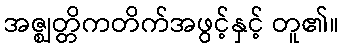
အဇ္ဈတ္တိကတိက်အဖွင့်နှင့် တူ၏။